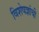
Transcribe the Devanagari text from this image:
विशेषज्ञांची